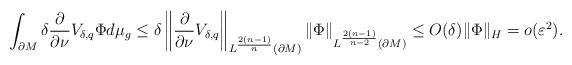
LaTeX: \begin{align*}\int_{\partial M}\delta\frac{\partial}{\partial\nu}V_{\delta,q}\Phi d\mu_{g}\le\delta\left\Vert \frac{\partial}{\partial\nu}V_{\delta,q}\right\Vert _{L^{\frac{2(n-1)}{n}}(\partial M)}\|\Phi\|_{L^{\frac{2(n-1)}{n-2}}(\partial M)}\le O(\delta)\|\Phi\|_{H}=o(\varepsilon^{2}).\end{align*}